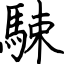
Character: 駷